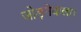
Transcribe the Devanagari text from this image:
जोड़नेवाला।